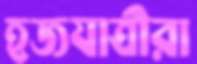
হজযাত্রীরা